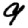
Digit: 9